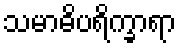
သမာဓိပရိက္ခာရာ